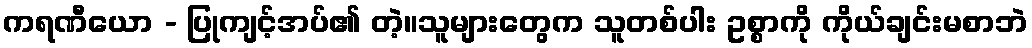
ကရဏီယော - ပြုကျင့်အပ်၏ တဲ့။သူများတွေက သူတစ်ပါး ဥစ္စာကို ကိုယ်ချင်းမစာဘဲ